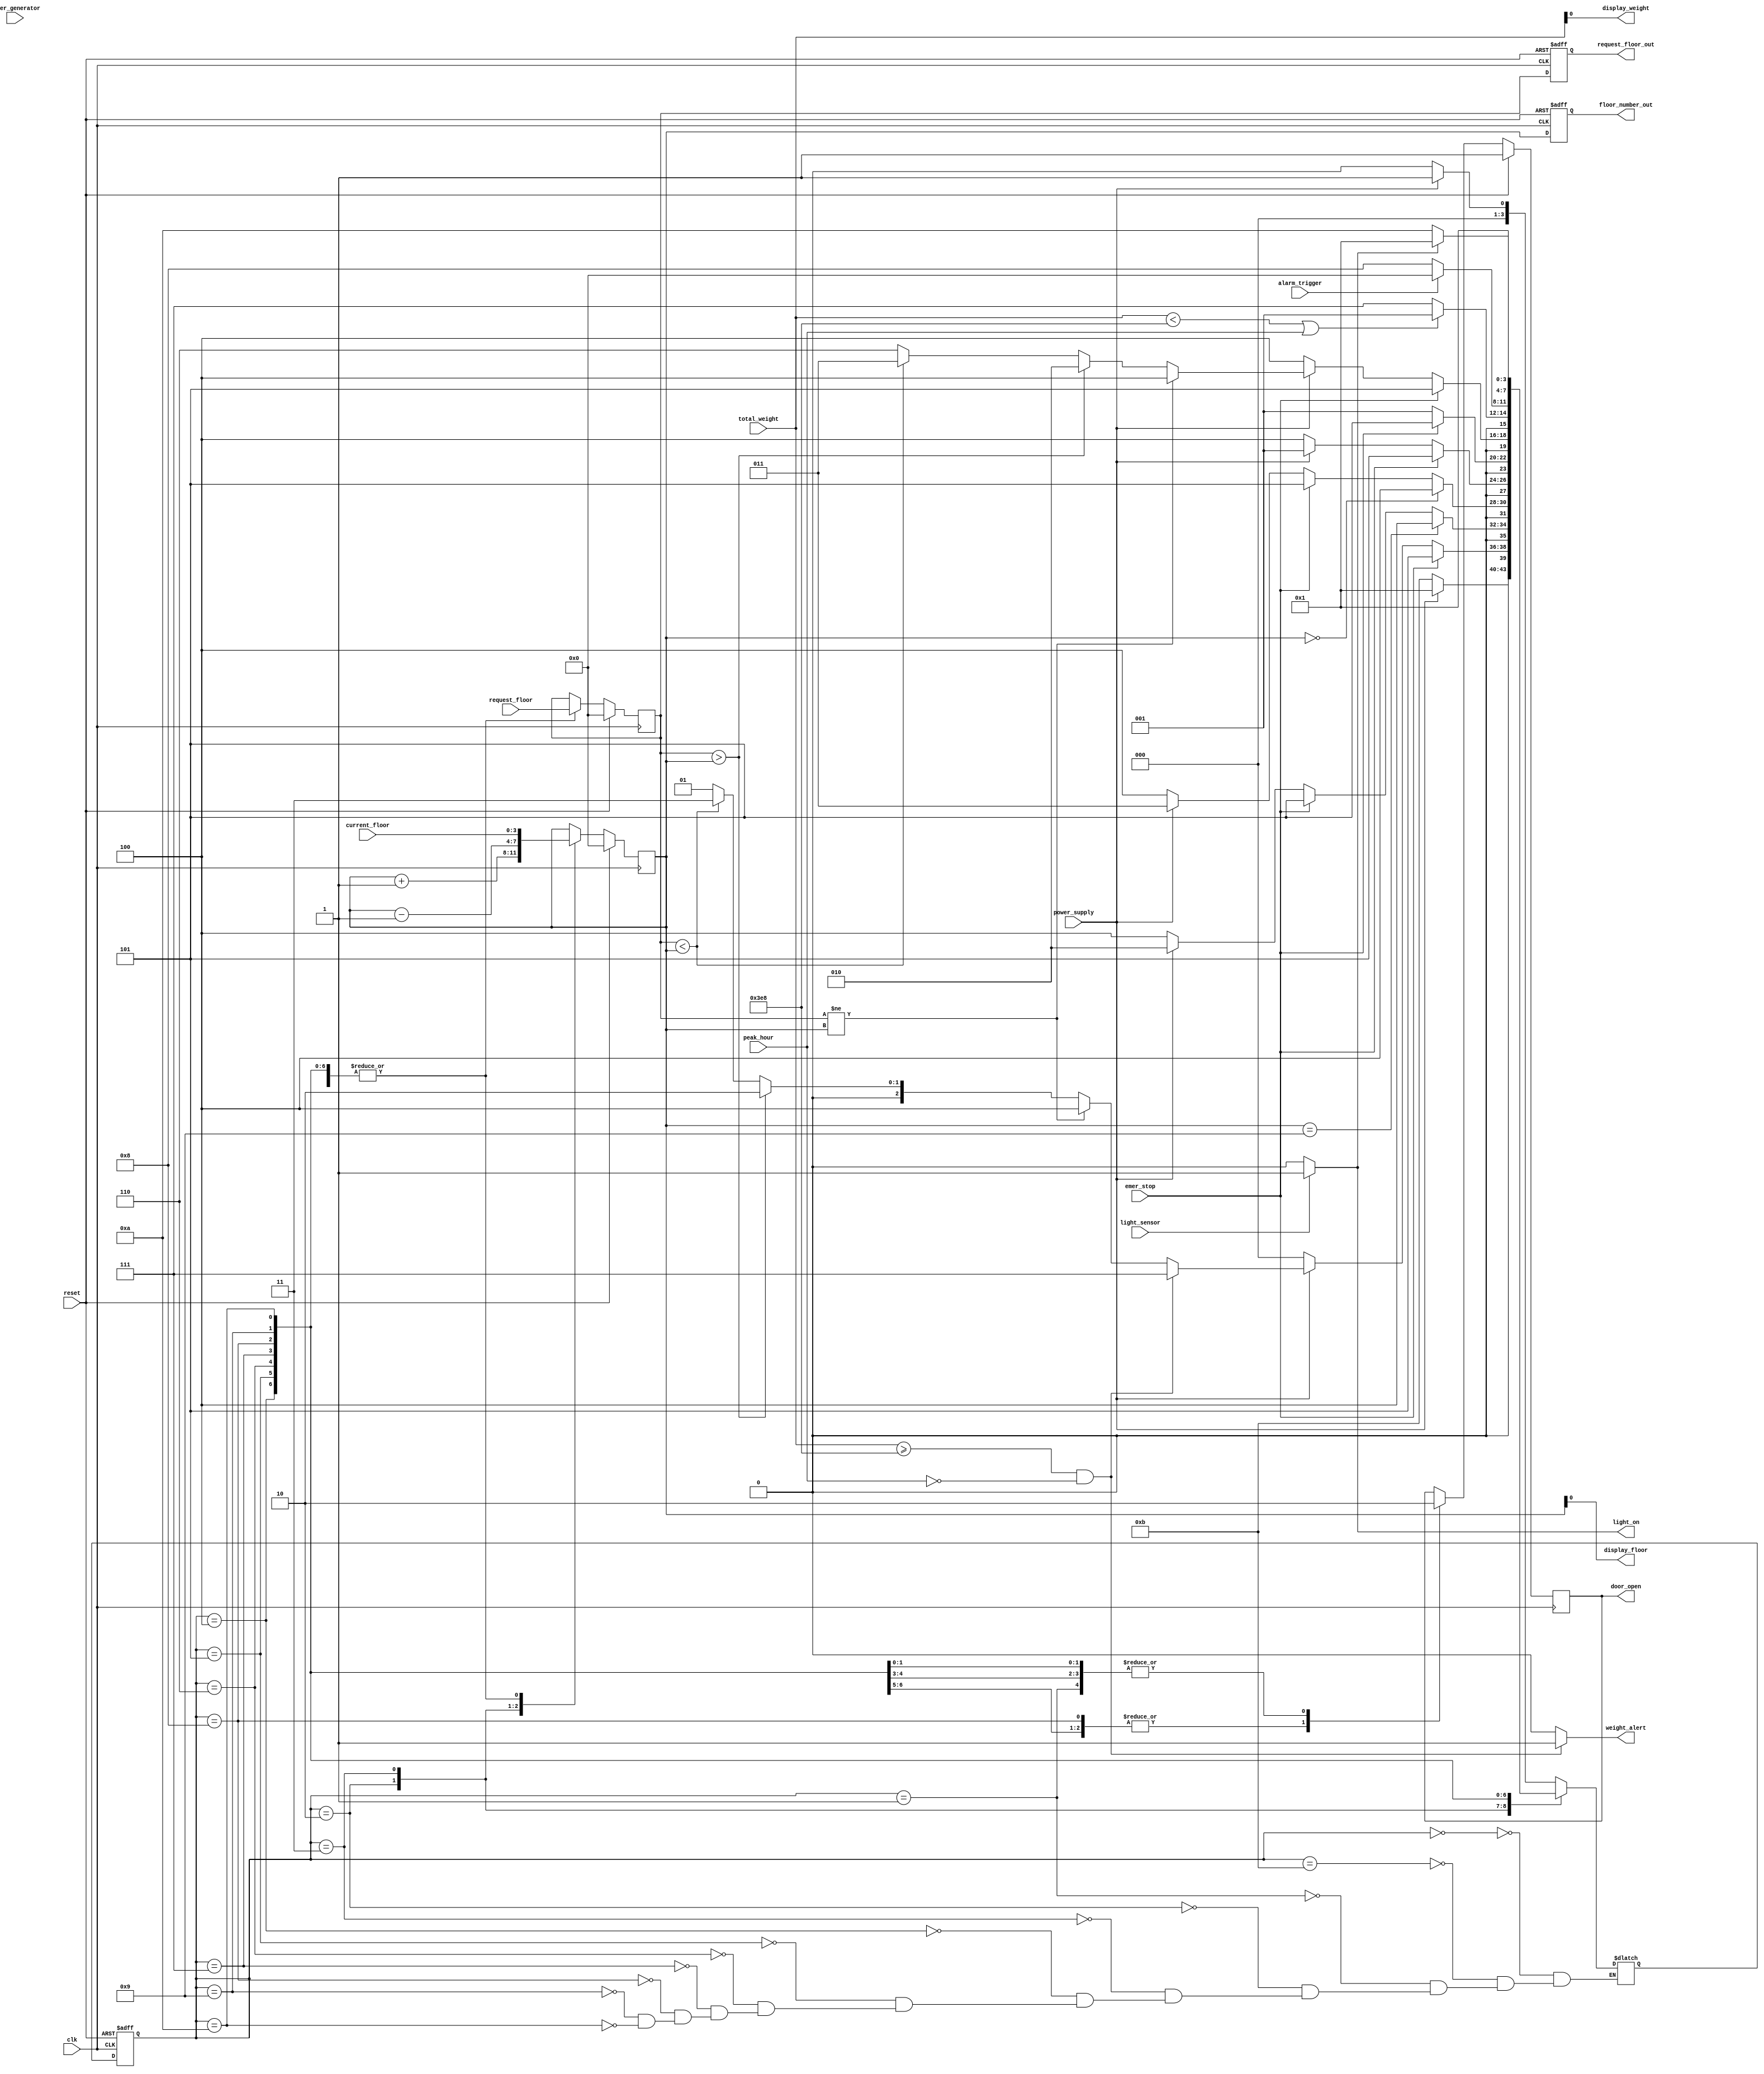
module elevator (
    input clk,                   // Clock input
    input reset,                 // Reset input
    input emer_stop,             // Emergency stop button input
    input power_supply,           // Power state input (0 for off, 1 for on)
    input peak_hour,             // Peak hour mode input (0 for off, 1 for on)
    input [3:0] current_floor,   // Input current floor number
    input [3:0] request_floor,   // Input requested floor number
    input [9:0] total_weight,    // Input total weight
    input light_sensor,          // Input light sensor (0 for off, 1 for on)
    input alarm_trigger,               // Trigger value for building alarm
    input power_generator,       // Power generator state input
	 
    output reg [3:0] floor_number_out,     // Output current floor number
    output reg [3:0] request_floor_out,   // Output requested floor number
    output reg door_open,        // Output door open signal
    output reg weight_alert,     // Output weight alert
    output reg display_floor,    // Output current floor for display
    output reg display_weight,   // Output total weight for display
    output reg light_on          // Output light status (1 for on, 0 for off)
);

// Define states for the elevator FSM
parameter POWER_SUPPLY = 4'b0000, IDLE = 4'b0001, MOVE_UP = 4'b0010, MOVE_DOWN = 4'b0011, STOPPED = 4'b0100, EMERGENCY_STOPPED = 4'b0101, PEAK_HOUR = 4'b0110, WEIGHT_ALERT = 4'b0111, BUILDING_ALARM = 4'b1000, DISPLAY = 4'b1001, LIGHT = 4'b1010, POWER_GENERATOR = 4'b1011;
reg [3:0] current_floor_reg, request_floor_reg;

// Define state register and next state logic
reg [3:0] state, next_state;
always @ (posedge clk or posedge reset)
begin
    if (reset)
        state <= POWER_SUPPLY;
    else
        state <= next_state;
end

// Define outputs for floor number and request floor
always @ (posedge clk or posedge reset)
begin
    if (reset) begin
        floor_number_out <= 4'b0000;
        request_floor_out <= 4'b0000;
    end
    else begin
        floor_number_out <= current_floor_reg;
        request_floor_out <= request_floor_reg;
    end
end

// Define state transition logic
always @ (*)
begin
    case (state)
        POWER_SUPPLY:
            begin
                if (power_supply)
                    next_state = IDLE;
                else
                    next_state = POWER_SUPPLY;
            end
		  POWER_GENERATOR:
            begin
                if (power_supply)
                    next_state = IDLE;
                else
                    next_state = POWER_GENERATOR;
            end
        IDLE:
            begin
                if (emer_stop)
                    next_state = EMERGENCY_STOPPED;
                else if (!power_supply)
                    next_state = POWER_SUPPLY;
                else if (total_weight >= 1000 && !peak_hour)
                    next_state = WEIGHT_ALERT;
                else if (request_floor_reg != current_floor_reg)
                    next_state = STOPPED;
                else if (request_floor_reg > current_floor_reg)
                    next_state = MOVE_UP;
                else if (request_floor_reg < current_floor_reg)
                    next_state = MOVE_DOWN;
                else
                    next_state = IDLE;
            end
        MOVE_UP:
            begin
                if (current_floor_reg == 9)
                    next_state = STOPPED;
                else if (emer_stop)
                    next_state = EMERGENCY_STOPPED;
                else if (!power_supply)
                    next_state = STOPPED;
                else
                    next_state = MOVE_UP;
            end
        MOVE_DOWN:
            begin
                if (current_floor_reg == 0)
                    next_state = STOPPED;
                else if (emer_stop)
                    next_state = EMERGENCY_STOPPED;
                else if (!power_supply)
                    next_state = STOPPED;
                else
                    next_state = MOVE_DOWN;
            end
        STOPPED:
            begin
                if (emer_stop)
                    next_state = EMERGENCY_STOPPED;
                else if (power_supply)
                    next_state = IDLE;
                else
                    next_state = STOPPED;
            end
        EMERGENCY_STOPPED:
            begin
                if (!emer_stop)
                    next_state = IDLE;
                else
                    next_state = EMERGENCY_STOPPED;
            end
        PEAK_HOUR:
            begin
                if (emer_stop)
                    next_state = EMERGENCY_STOPPED;
                else if (!power_supply)
                    next_state = STOPPED;
                else if (request_floor_reg != current_floor_reg)
                    next_state = STOPPED;
                else if (request_floor_reg > current_floor_reg)
                    next_state = MOVE_UP;
                else if (request_floor_reg < current_floor_reg)
                    next_state = MOVE_DOWN;
                else
                    next_state = PEAK_HOUR;
            end
        WEIGHT_ALERT:
            begin
                if (total_weight < 1000 || peak_hour)
                    next_state = IDLE;
                else
                    next_state = WEIGHT_ALERT;
            end
        BUILDING_ALARM:
            begin
                if (alarm_trigger == 1) // If trigger is 1, turn off elevator supply
                    next_state = POWER_SUPPLY;
                else
                    next_state = BUILDING_ALARM;
            end
        DISPLAY:
            begin
                next_state = IDLE;
            end
        LIGHT:
            begin
                if(light_on)
							next_state = IDLE;
					  else
							next_state = LIGHT;
            end
    endcase
end

// Define state update logic
always @ (posedge clk)
begin
    if (reset)
    begin
        current_floor_reg <= 4'b0000;
        request_floor_reg <= 4'b0000;
        door_open <= 1'b1; // Doors open when the elevator is reset
    end
    else begin
        case (state)
            IDLE:
                begin
                    current_floor_reg <= current_floor;
                    request_floor_reg <= request_floor;
                    door_open <= 0; // Close doors when not in stopped state
                end
            MOVE_UP:
                current_floor_reg <= current_floor_reg + 1;
            MOVE_DOWN:
                current_floor_reg <= current_floor_reg - 1;
            STOPPED:
                begin
                    current_floor_reg <= current_floor;
                    request_floor_reg <= request_floor;
                    door_open <= 1; // Open doors when stopped
                end
            EMERGENCY_STOPPED:
                begin
                    current_floor_reg <= current_floor;
                    request_floor_reg <= request_floor;
                    door_open <= 1; // Open doors in emergency stopped state
                end
            PEAK_HOUR:
                begin
                    current_floor_reg <= current_floor;
                    request_floor_reg <= request_floor;
                    door_open <= 0; // Close doors during peak hours
                end
            WEIGHT_ALERT:
                begin
                    current_floor_reg <= current_floor;
                    request_floor_reg <= request_floor;
                    door_open <= 0; // Close doors during weight alert
                end
            BUILDING_ALARM:
                begin
                    current_floor_reg <= current_floor;
                    request_floor_reg <= request_floor;
                    door_open <= 1; // Open doors in emergency alarm state
                end
            DISPLAY:
                begin
                    current_floor_reg <= current_floor;
                    request_floor_reg <= request_floor;
                    door_open <= 0; // Close doors during display
                end
            LIGHT:
                begin
                    current_floor_reg <= current_floor;
                    request_floor_reg <= request_floor;
                    door_open <= 0; // Close doors during light state
                end
        endcase
    end
end

// Define weight alert logic
always @*
begin
    if (total_weight >= 1000 && !peak_hour)
        weight_alert = 1'b1;
    else
        weight_alert = 1'b0;
end

// Define light logic
always @*
begin
    if (light_sensor)
        light_on = 1'b1;
    else
        light_on = 1'b0;
end


// Define display logic
always @*
begin
    display_floor = current_floor_reg;
    display_weight = total_weight;
end

endmodule